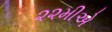
૨૨મીએ